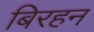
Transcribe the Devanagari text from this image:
बिरहन